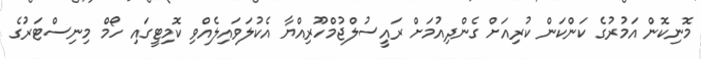
މޮނިކޮން އަމުރުގެ ކަންކަން ކުރިއަށް ގެންދިއުމަށް ރައީސުލްޖުމްހޫރިއްޔާ އެކުލަވައިލެއްވި ކޮމިޓީގައި ހޯމް މިނިސްޓަރުގެ